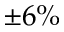
\pm 6 \%